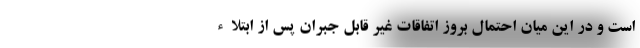
است و در این میان احتمال بروز اتفاقات غیر قابل جبران پس از ابتلاء